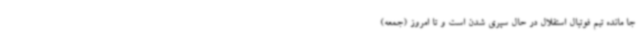
جا مانده تیم فوتبال استقلال در حال سپری شدن است و تا امروز (جمعه)